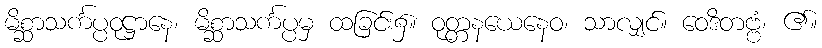
မိစ္ဆာသင်္ကပ္ပဝုဋ္ဌာနေ၊ မိစ္ဆာသင်္ကပ္ပမှ ထခြင်း၌။ ဝုတ္တနယေနေဝ၊ သာလျှင်။ ဝေဒိတဗ္ဗံ၊ ၏။